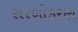
સરળીકરણ